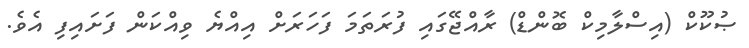
ޞުކޫކް (އިސްލާމިކް ބޮންޑް) ރާއްޖޭގައި ފުރަތަމަ ފަހަރަށް އިއްޔެ ވިއްކަން ފަށައިފި އެވެ.